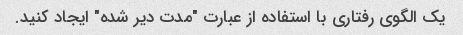
یک الگوی رفتاری با استفاده از عبارت "مدت دیر شده" ایجاد کنید.